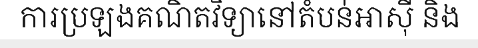
ការប្រឡងគណិតវិទ្យានៅតំបន់អាស៊ី និង